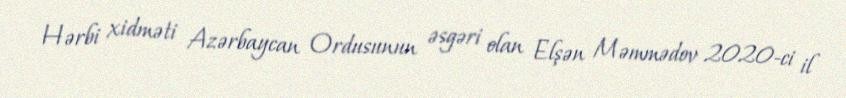
Hərbi xidməti Azərbaycan Ordusunun əsgəri olan Elşən Məmmədov 2020-ci il